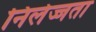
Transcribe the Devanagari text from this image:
निर्लज्जता